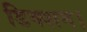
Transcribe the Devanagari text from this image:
डिक्शन।